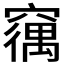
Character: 𮄘